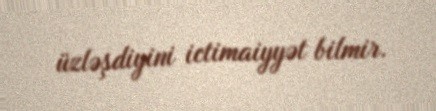
üzləşdiyini ictimaiyyət bilmir.